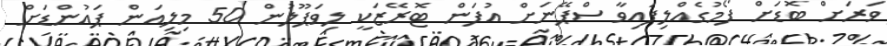
ވަރަށް ބޮޑަށް ފޯމުގެއްލިފައިވާ ސްޕޭނަށް އުފަން ޓޮރޭޒަކީ ލިވަޕޫލުން 50 މިލިއަން ޕައުންޑަށް